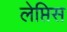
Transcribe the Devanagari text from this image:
लेप्तिस